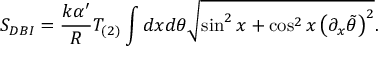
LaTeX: S _ { D B I } = \frac { k \alpha ^ { \prime } } { R } T _ { ( 2 ) } \int d x d \theta \sqrt { \sin ^ { 2 } x + \cos ^ { 2 } x \left( \partial _ { x } \tilde { \theta } \right) ^ { 2 } } .